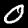
Label: 0